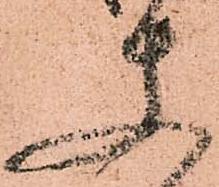
使